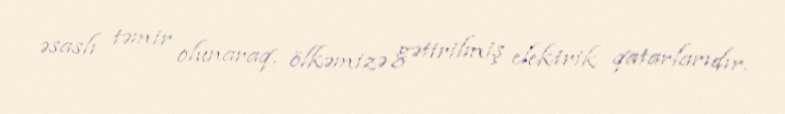
əsaslı təmir olunaraq, ölkəmizə gətirilmiş elektrik qatarlarıdır.